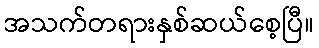
အသက်တရားနှစ်ဆယ်စေ့ပြီ။